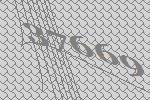
37669